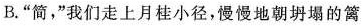
B. “简，”我们走上月桂小径，慢慢地朝坍塌的篱